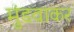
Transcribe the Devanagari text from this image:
मुंडवाकर